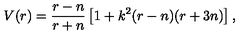
V ( r ) = \frac { r - n } { r + n } \left[ 1 + k ^ { 2 } ( r - n ) ( r + 3 n ) \right] ,